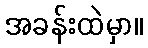
အခန်းထဲမှာ။